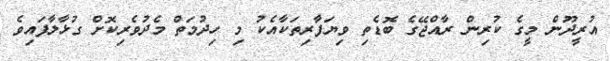
އުރީދޫން މީގެ ކުރިން ރާއްޖޭގެ ބޮޑެތި ވިޔަފާރިތަކާއެކު މި ހިދުމަތް މެދުވެރިކޮށް ގުޅާލާފައިވެ